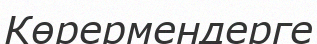
Көрермендерге